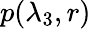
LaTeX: p(\lambda_{3},r)